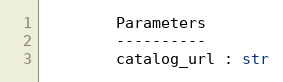
Language: Python
        Parameters
        ----------
        catalog_url : str